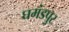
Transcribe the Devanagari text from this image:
घमंडपुर